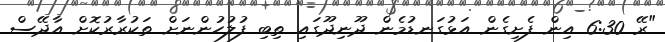
"ރޭ 6:30 އިން ފެށިގެން އަޅުގަނޑުމެން ދޫނިދޫގައި ތިބި ފުލުހުންނަށް ތަކުރާރުކޮށް އާދޭސް